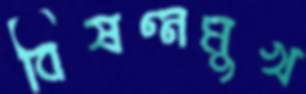
বিষণ্নমুখ